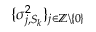
\{ \sigma _ { j , S _ { k } } ^ { 2 } \} _ { j \in \mathbb { Z } \backslash \{ 0 \} }